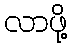
လာဖို့